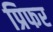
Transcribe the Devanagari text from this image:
प्रिफर